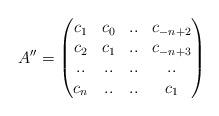
LaTeX: \begin{align*}A''=\left(\begin{matrix}c_{1}&c_{0}&..&c_{-n+2}\\c_{2}&c_{1}&..&c_{-n+3}\\..&..&..&..\\c_{n}&..&..&c_{1}\end{matrix}\right)\end{align*}